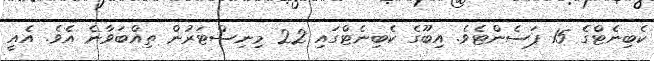
ކެބިނެޓްގެ 15 ޕަސެންޓެވެ. އިބޫގެ ކެބިނެޓްގައި 22 މިނިސްޓަރުން ތިއްބަވާނެ އެވެ. އެއީ